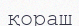
қораш